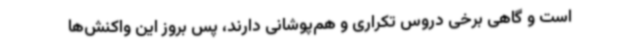
است و گاهی برخی دروس تکراری و هم‌پوشانی دارند، پس بروز این واکنش‌ها